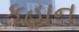
કહાન